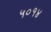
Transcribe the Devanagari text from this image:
५०१४